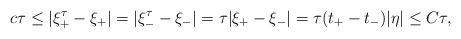
LaTeX: \begin{align*}c\tau\leq|\xi_+^\tau-\xi_+|=|\xi_-^\tau-\xi_-|=\tau |\xi_+ -\xi_-|=\tau(t_+-t_-)|\eta|\leq C\tau,\end{align*}